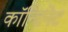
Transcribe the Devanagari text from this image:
काॅन्टिनेट